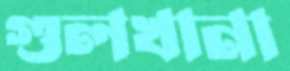
গুলখানা